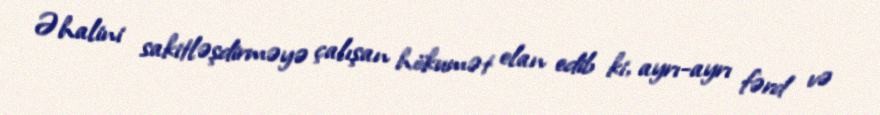
Əhalini sakitləşdirməyə çalışan hökumət elan edib ki, ayrı-ayrı fərd və